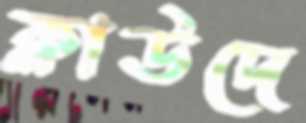
ক্লাউদে